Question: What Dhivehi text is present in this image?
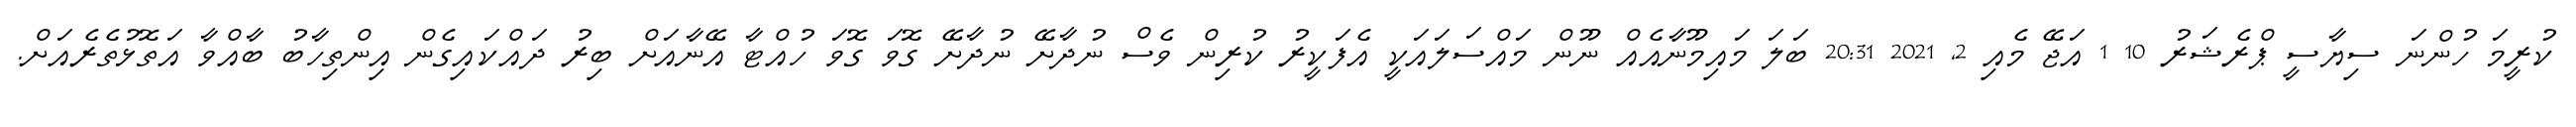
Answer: ކުރީމަ ހުންނަ ސިޔާސީ ޕްރެޝަރު 10 1 އަޖޭ މެއި 2, 2021 20:31 ބަލަ މައިމޫނާއެއް ނޫން މައްސަލައަކީ އެފަކީރު ކުރިން ވެސް ނުދާށޭ ނުދާށޭ ގޮވަ ގޮވަ ހުއްޓާ އޭނާއަށް ބިރު ދައްކައިގެން އިންތިހާބު ބާއްވާ އަތޮޅުތެރެއަށް.